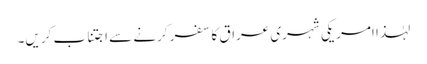
لہٰذا امریکی شہری عراق کا سفر کرنے سے اجتناب کریں۔